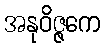
အနုဝိဇ္ဇကေ